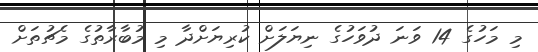
މި މަހުގެ 14 ވަނަ ދުވަހުގެ ނިޔަލަށް ކުރިޔަށްދާ މި މުބާރާތުގެ މެޗުތަށް